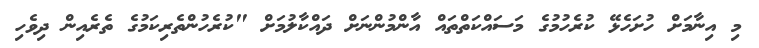
މި އިނާމަށް ހުށަހެޅޭ ކުރެހުމުގެ މަސައްކަތްތައް އާންމުންނަށް ދައްކާލުމަށް "ކުރެހުންތެރިކަމުގެ ތެރެއިން ދިވެހި